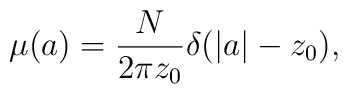
\mu (a)=\frac{N}{2\pi z_0}\delta (|a|-z_0),